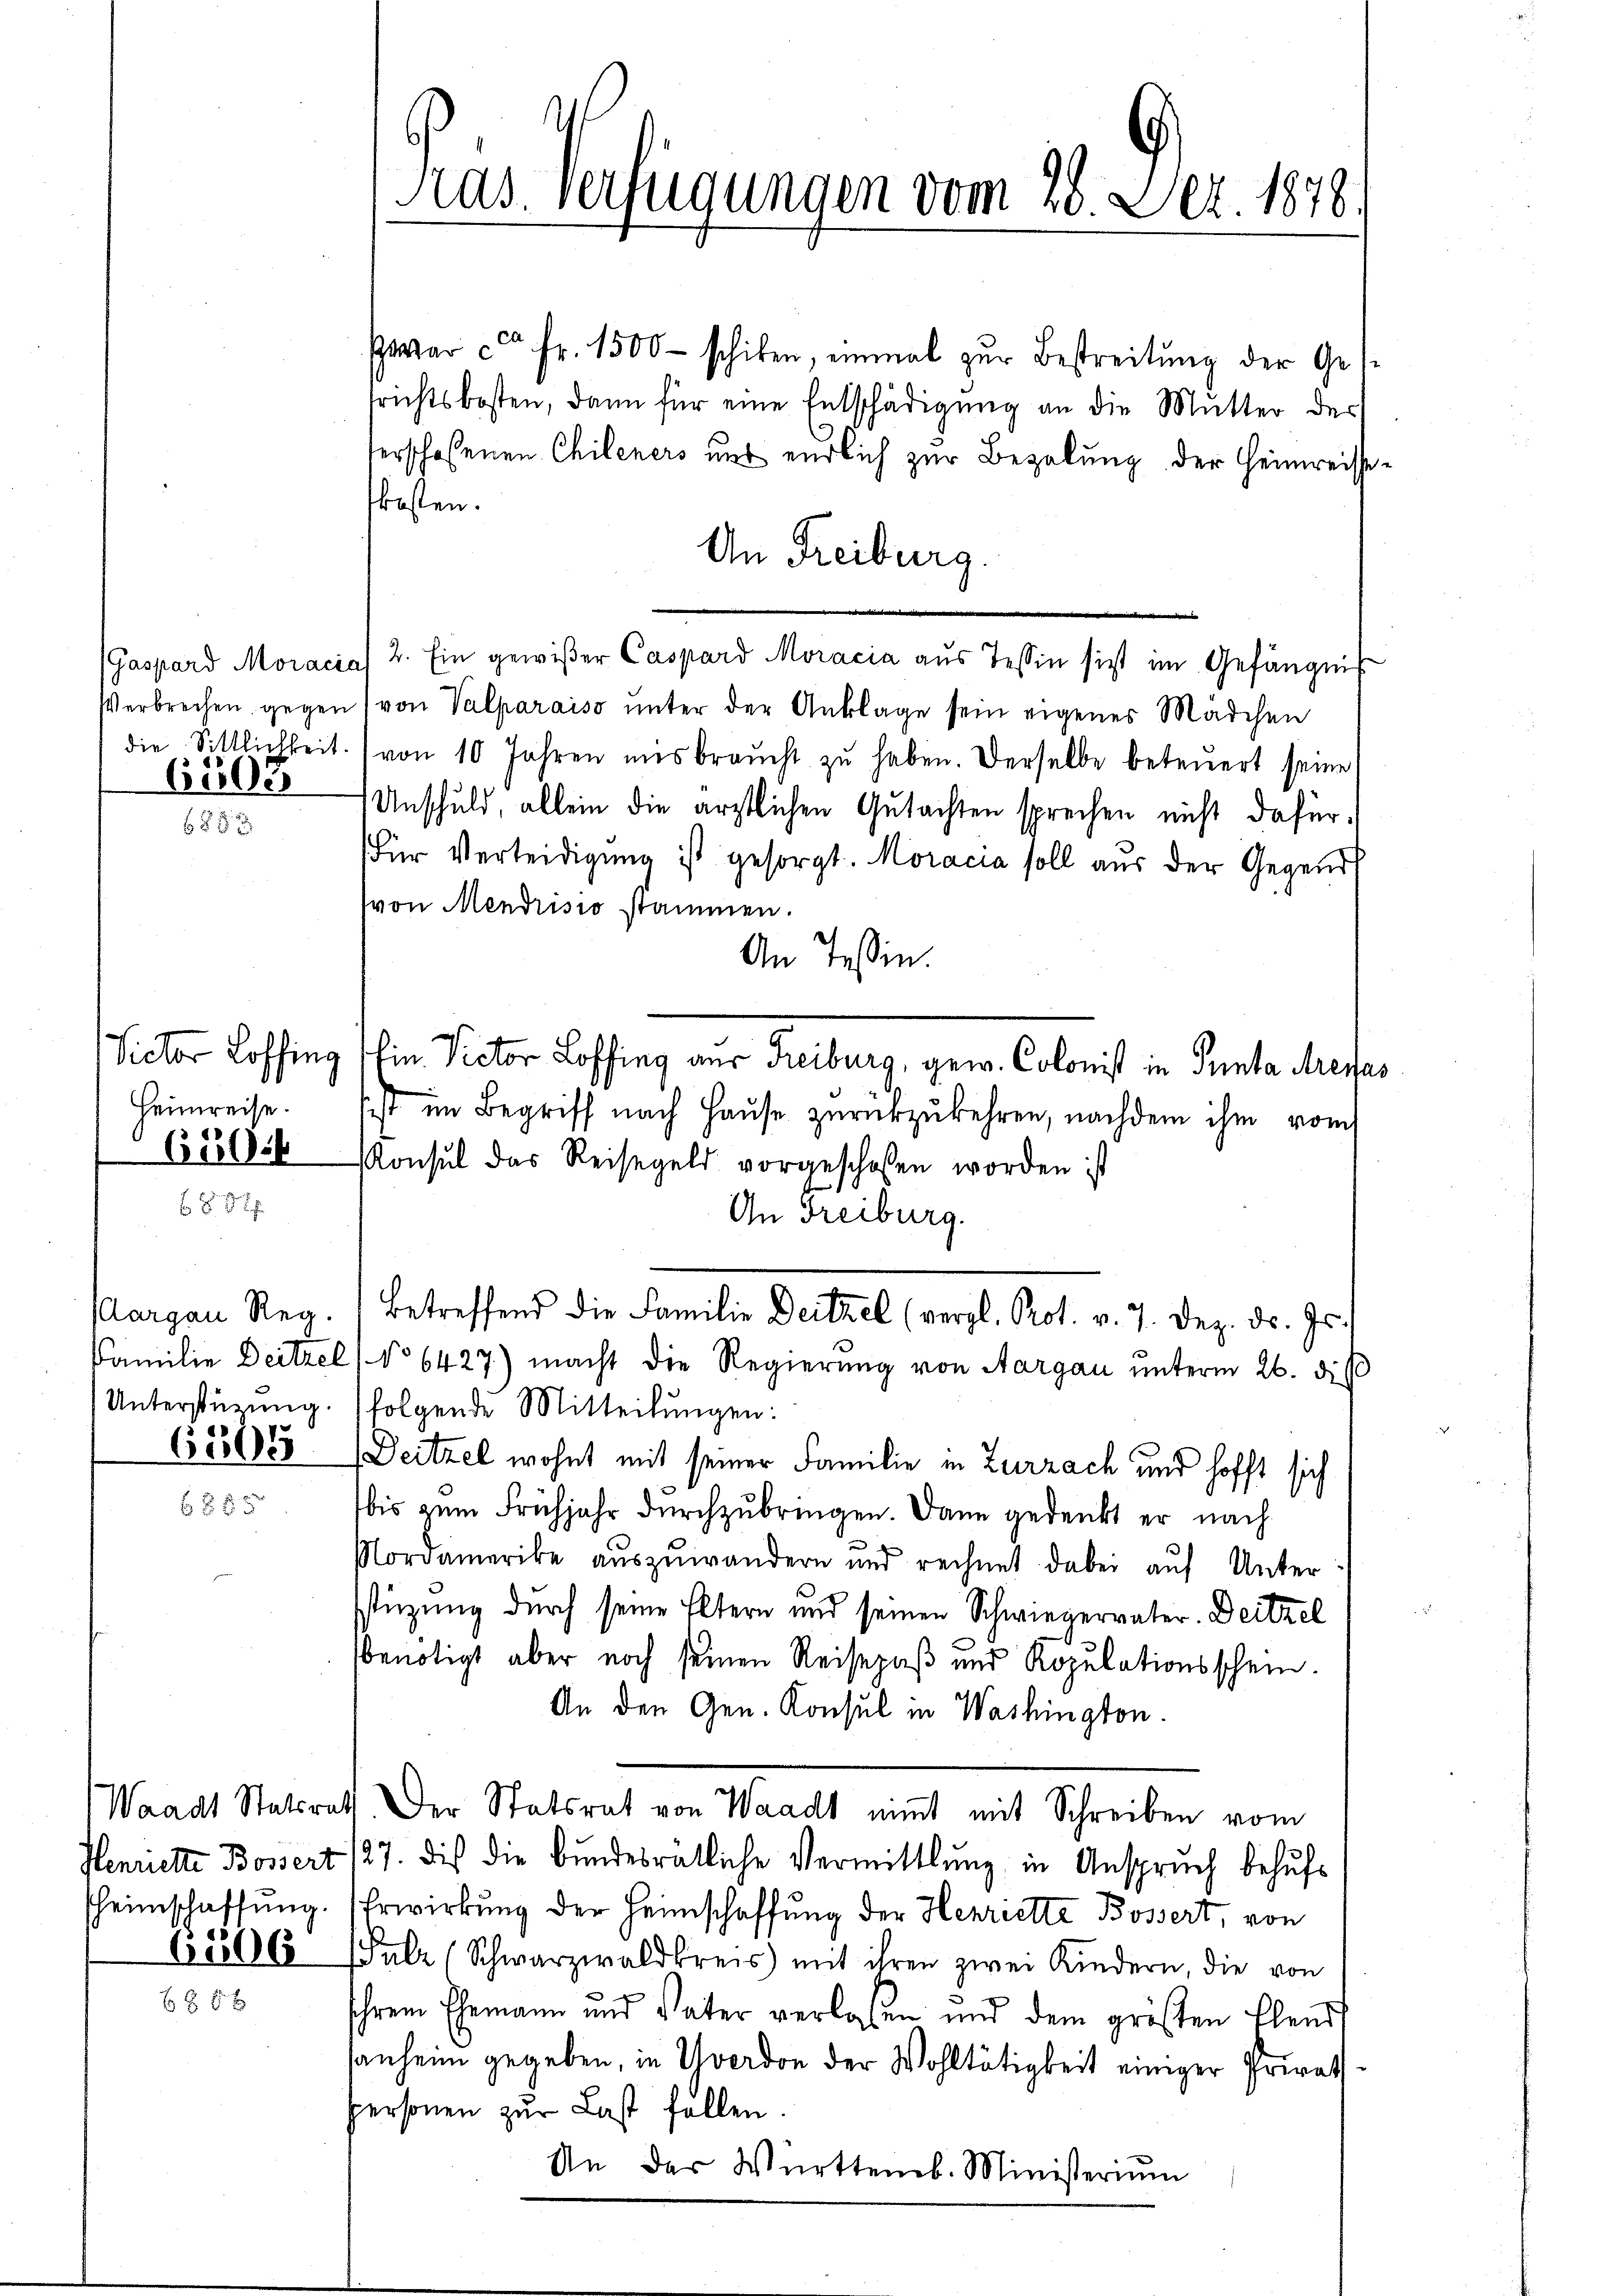
61505

Heimreise.

Aargau Reg.
Unterstüzung.

Henriette Bossert
Pheimschaffung.

6506

Kas. Verfügungen vom 26. Dez. 1878.

war c. fr. 1500 - schiken, einmal zŭr Bestreitŭng der Ges
srichtskosten, dann für eine Entschädigŭng an die Mutter der
terschaffenen Chileners uns endlich zur Bezalung der Heimreissekosten.
An Freiburg.
(Gaspard Moracia 2. Ein gewißer Caspard Moracia aŭs Tessin sist im Gefängniß
Verbrechen gegen von Valparaiso unter der Anklage sein eigenes Mädchen
die Sittlichkeit. (von 10 Jahren misbraŭcht zŭ haben. Derselbe beteŭert seine
Unschuld, allein die ärztlichen Gutachten sprechen nicht dafür,
Für Verteidigung ist gesorgt. Moracia soll aus der Gegend
(von Mendrisio stammen.
An Tessin.
Victor Loffing in Rector Loffing aus Freiburg, gew. Colonis in Panta Areas
sist im Begriff nach Hause zŭrückzukehren, nachdem ihm vom
6100. Konsul das Reisegeld vorgeschossen worden ist
An Freiburg.
Betreffend die Familie Deitzel (vergl. Prot. v. 7. Dez. d. Js.
Familie Deitzel 1 No 6427) macht die Regierung von Aargau unterm 26. di
folgende Mitteilungen:
625055 (Deitzel wohnt mit seiner Familie in Zurzach und hofft sich
bis zum Frühjahr durchzubringen. Dann gedenkt er nach
Nordamerike auszuwandern und rechnet dabei auf Unter
stüzung durch seine Eltern und seinen Schwiegervater. Deitzel
benötigt aber noch seinen Reisepaß und Ropulationsschein.
An den Gen. Konsul in Washington.
Waadt Statsrath. Der Statsrat von Waadt nimmt mit Schreiben vom
127. die die bundesratliche Vermittlung in Anspruch behufs
Erwirkung der Heimschaffung der Henriette Bossert, von
Fulz (Schwarzwaldkreis mit ihren zwei Kindern, die von
Ihrem Ehemann und Vater verlassen und dem größten Elend
sanheim gegeben, in Yverdon der Wohltätigkeit einiger Privat
personen zur Last fällen.
An der Württemb. Ministerium